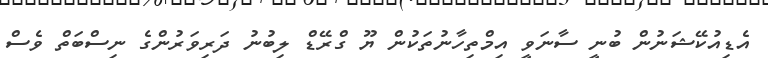
އެޑިއުކޭޝަނުން ބުނީ ސާނަވީ އިމްތިހާނުތަކުން ޔޫ ގްރޭޑް ލިބުނު ދަރިވަރުންގެ ނިސްބަތް ވެސް